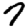
Digit: 7